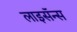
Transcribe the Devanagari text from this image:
लाइसॅन्स